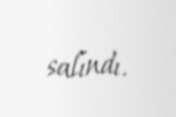
salındı.